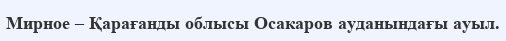
Мирное – Қарағанды облысы Осакаров ауданындағы ауыл.